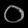
Digit: ၀